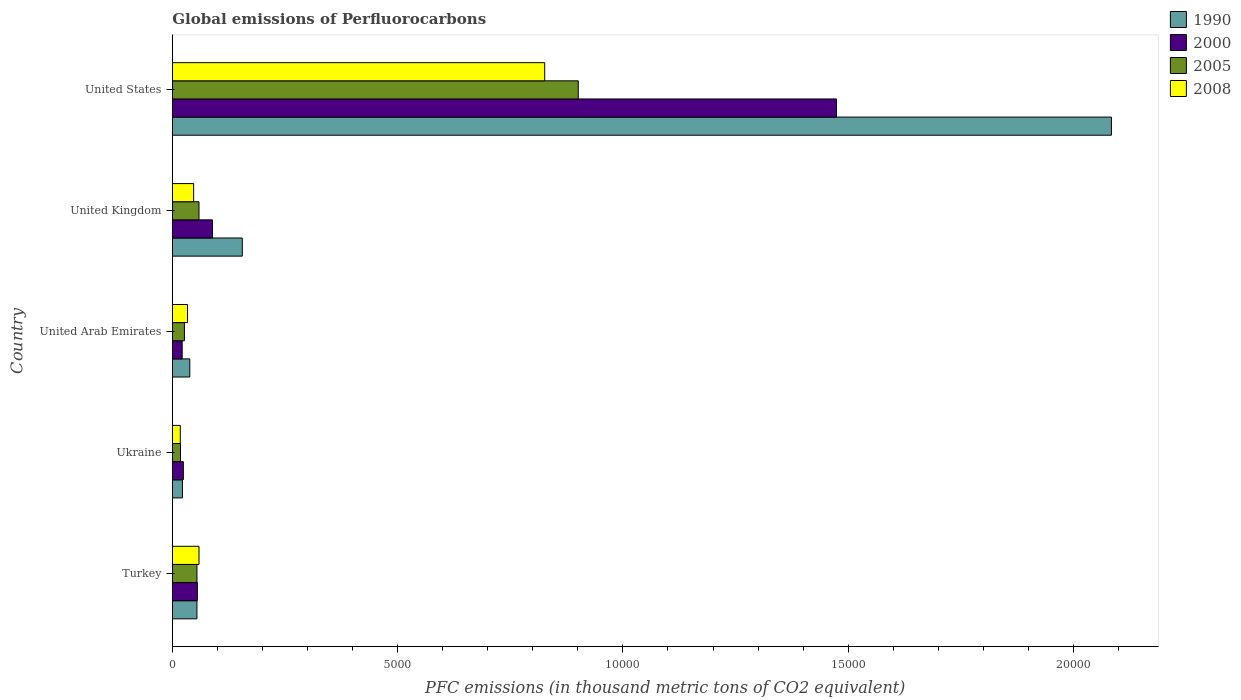
| Country | 1990 | 2000 | 2005 | 2008 |
 | --- | --- | --- | --- | --- |
 | Turkey | 546 | 555 | 546 | 591 |
 | Ukraine | 224 | 244 | 180 | 176 |
 | United Arab Emirates | 387 | 218 | 268 | 338 |
 | United Kingdom | 1.55e+03 | 890 | 591 | 472 |
 | United States | 2.08e+04 | 1.47e+04 | 9.01e+03 | 8.26e+03 |